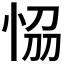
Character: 𭜴